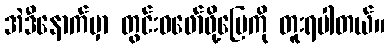
အဲဒီနောက်မှာ တွင်းဝဖော်ဖို့မြေကို တူးရပါတယ်။